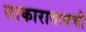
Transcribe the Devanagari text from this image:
साकारावायची